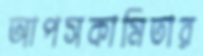
আপসকামিতার